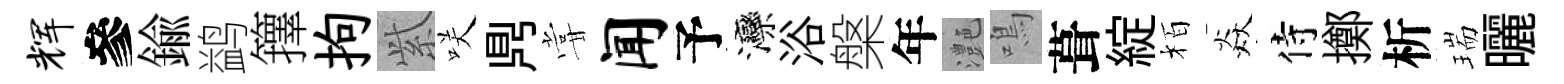
辉參鍮鹢籜拘𬗋咲𪔂甞闻予灤浴槃年灔鳴葺綻栢焱侍擲析瑞曬